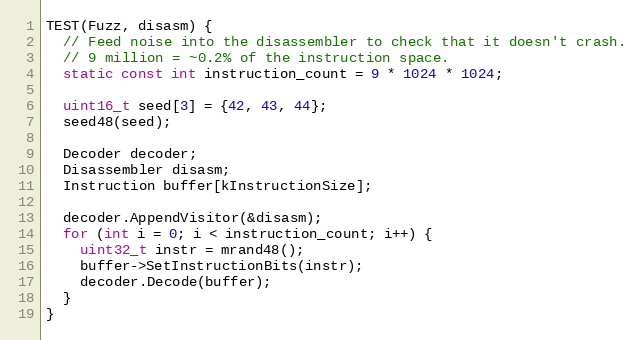
Language: C++
TEST(Fuzz, disasm) {
  // Feed noise into the disassembler to check that it doesn't crash.
  // 9 million = ~0.2% of the instruction space.
  static const int instruction_count = 9 * 1024 * 1024;

  uint16_t seed[3] = {42, 43, 44};
  seed48(seed);

  Decoder decoder;
  Disassembler disasm;
  Instruction buffer[kInstructionSize];

  decoder.AppendVisitor(&disasm);
  for (int i = 0; i < instruction_count; i++) {
    uint32_t instr = mrand48();
    buffer->SetInstructionBits(instr);
    decoder.Decode(buffer);
  }
}